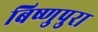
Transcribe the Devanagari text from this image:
बिष्णुपुरा